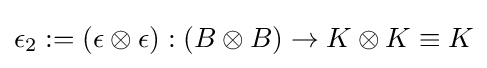
\epsilon _{2}:=(\epsilon \otimes \epsilon ):(B\otimes B)\to K\otimes K\equiv K